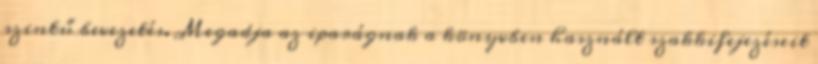
szintű bevezetés. Megadja az iparágnak a könyvben használt szakkifejezéseit